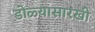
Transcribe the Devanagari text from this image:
डोळ्यासारखी